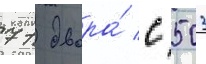
71 двора́ с 503